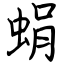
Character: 蜎